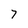
Character: 7